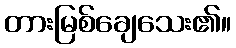
တားမြစ်ချေသေး၏။